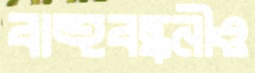
বাহুবন্ধনীও